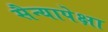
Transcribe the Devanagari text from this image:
सैन्यापेक्षा